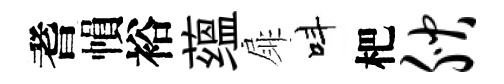
耆𢄙裕蕴扉呌杷腴